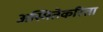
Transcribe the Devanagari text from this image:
अस्मितेकरिता